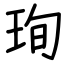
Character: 珣